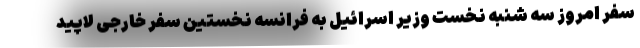
سفر امروز سه شنبه نخست وزیر اسرائیل به فرانسه نخستین سفر خارجی لاپید